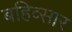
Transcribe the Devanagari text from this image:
बहिव्सार